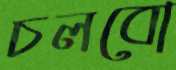
চলবো